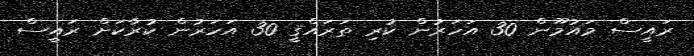
ރައީސް މައުމޫން 30 އަހަރުން ކުރި ތަރައްޤީ 30 އަހަރުން ކުރާކަށް ރައީސް